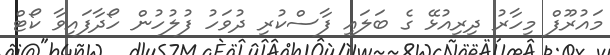
މައުރޫފް މިހާރު ދިރިއުޅޭ ގެ ބަލައި ފާސްކުރި ދުވަހު ފުލުހުން ހޯދާފައިވާ ކޯޓް